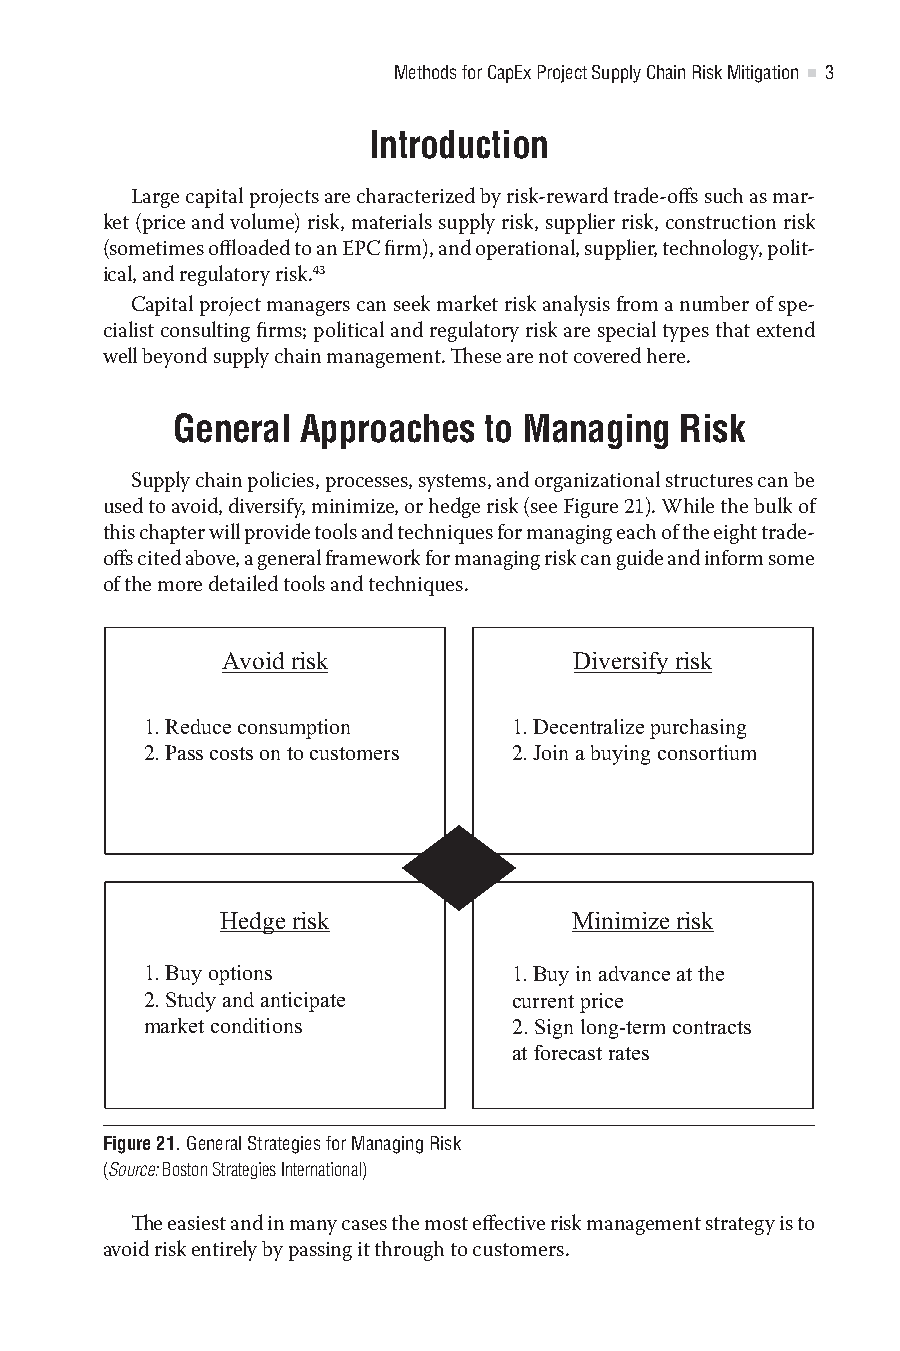
Methods for CapEx Project Supply Chain Risk Mitigation 3
 Introduction
 Large capital projects are characterized by risk-reward trade-offs such as mar-
 ket (price and volume) risk, materials supply risk, supplier risk, construction risk
 (sometimes offloaded to an EPC firm), and operational, supplier, technology, polit-
 ical, and regulatory risk.43
 Capital project managers can seek market risk analysis from a number of spe-
 cialist consulting firms; political and regulatory risk are special types that extend
 well beyond supply chain management. These are not covered here.
 General  Approaches  to Managing  Risk
 Supply chain policies, processes, systems, and organizational structures can be
 used to avoid, diversify, minimize, or hedge risk (see Figure 21). While the bulk of
 this chapter will provide tools and techniques for managing each of the eight trade-
 offs cited above, a general framework for managing risk can guide and inform some
 of the more detailed tools and techniques.
 Avoid risk             Diversify risk
 1.Reduceconsumption      1.Decentralizepurchasing
 2.Passcostsontocustomers 2.Joinabuyingconsortium
 Hedge risk             Minimize risk
 1.Buyoptions             1.Buyinadvanceatthe
 2.Studyandanticipate     currentprice
 marketconditions         2.Signlong-termcontracts
 atforecastrates
 Figure 21. General Strategies for Managing Risk
 (Source: Boston Strategies International)
 The easiest and in many cases the most effective risk management strategy is to
 avoid risk entirely by passing it through to customers.
 365522YQS_ENERGY_CC2019_pc.indd 3                 09/08/2021 09:52:38